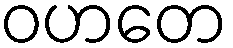
ဝဟတေ